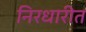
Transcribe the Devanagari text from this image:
निरधारीत